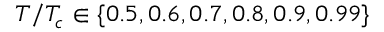
T / T _ { c } \in \{ 0 . 5 , 0 . 6 , 0 . 7 , 0 . 8 , 0 . 9 , 0 . 9 9 \}